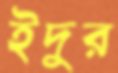
ইদুর